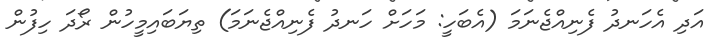
އަދި އެހަނދު ފެނިއްޖެނަމަ (އެބަހީ: މަހަށް ހަނދު ފެނިއްޖެނަމަ) ތިޔަބައިމީހުން ރޯދަ ހިފުން